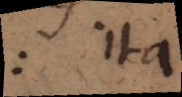
: ita